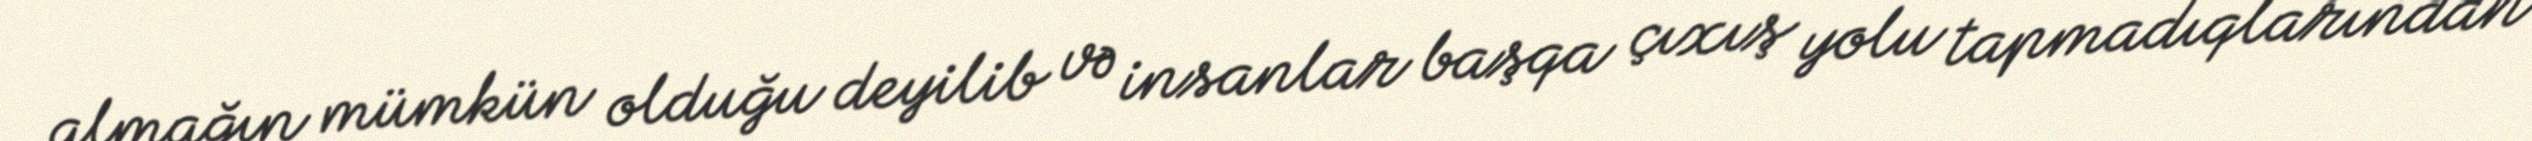
almağın mümkün olduğu deyilib və insanlar başqa çıxış yolu tapmadıqlarından